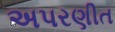
અપરણીત